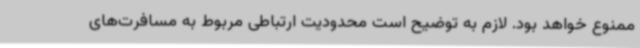
ممنوع خواهد بود. لازم به توضیح است محدودیت ارتباطی مربوط به مسافرت‌های